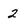
Character: 2